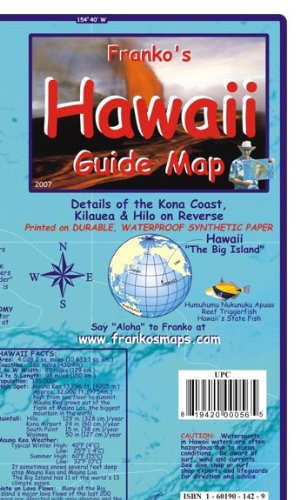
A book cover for Hawaii The Big Island Guide Franko Maps Waterproof Map; Franko Maps Ltd.; Travel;